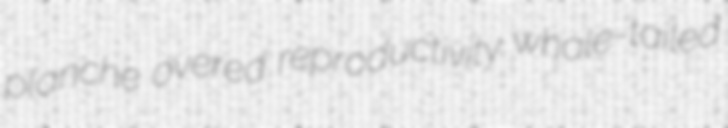
planche overed reproductivity whale-tailed